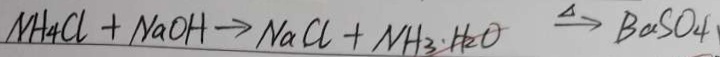
N H _ { 4 } C l + N a O H \rightarrow N a C l + N H _ { 3 } \cdot \xrightarrow { \Delta } B a S O _ { 4 }